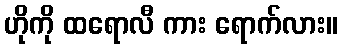
ဟိုကို ထရောလီ ကား ရောက်လား။